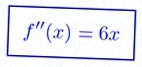
f''(x)=6x